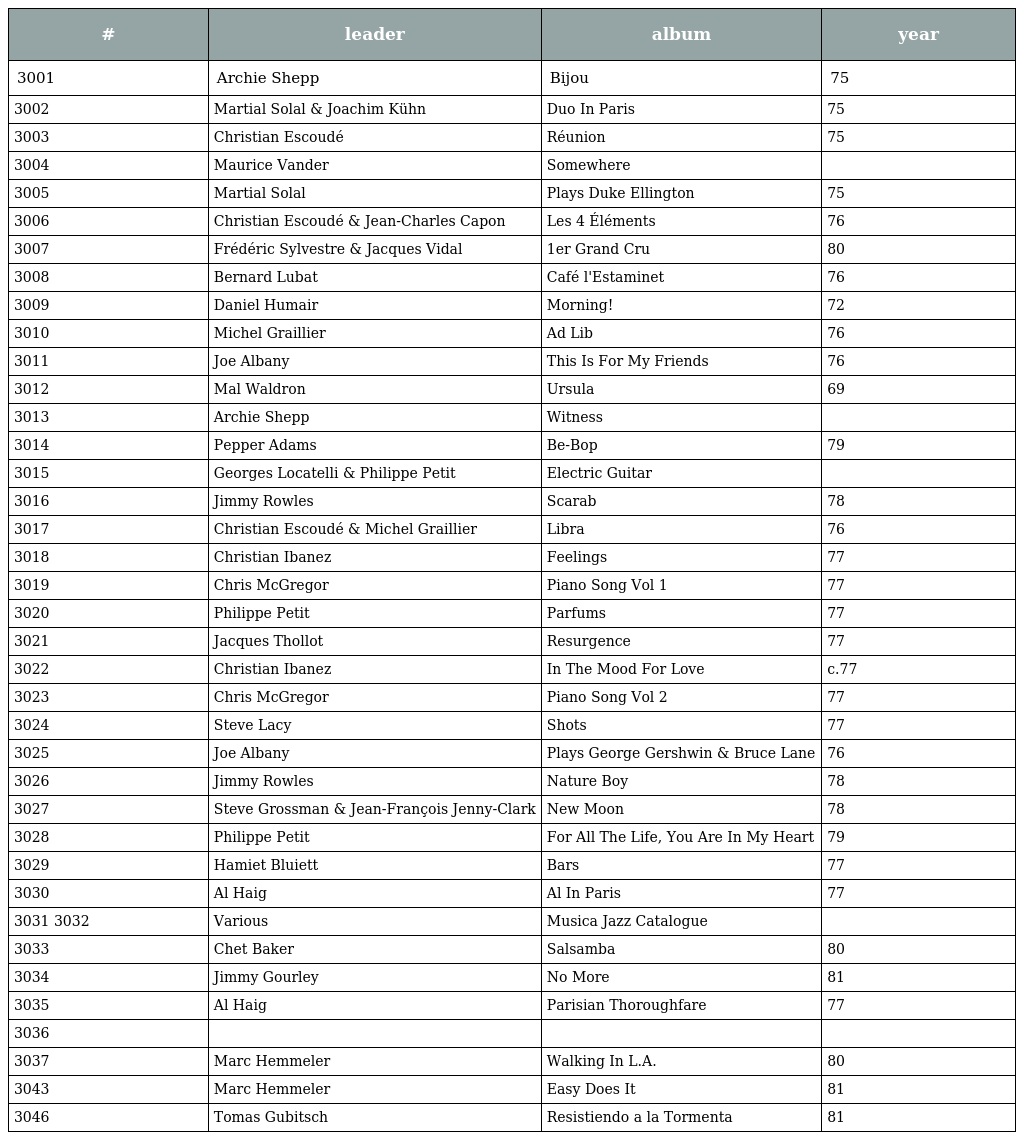
| # | leader | album | year |
 | --- | --- | --- | --- |
 | 3001 | Archie Shepp | Bijou | 75 |
 | 3002 | Martial Solal & Joachim Kühn | Duo In Paris | 75 |
 | 3003 | Christian Escoudé | Réunion | 75 |
 | 3004 | Maurice Vander | Somewhere |  |
 | 3005 | Martial Solal | Plays Duke Ellington | 75 |
 | 3006 | Christian Escoudé & Jean-Charles Capon | Les 4 Éléments | 76 |
 | 3007 | Frédéric Sylvestre & Jacques Vidal | 1er Grand Cru | 80 |
 | 3008 | Bernard Lubat | Café l'Estaminet | 76 |
 | 3009 | Daniel Humair | Morning! | 72 |
 | 3010 | Michel Graillier | Ad Lib | 76 |
 | 3011 | Joe Albany | This Is For My Friends | 76 |
 | 3012 | Mal Waldron | Ursula | 69 |
 | 3013 | Archie Shepp | Witness |  |
 | 3014 | Pepper Adams | Be-Bop | 79 |
 | 3015 | Georges Locatelli & Philippe Petit | Electric Guitar |  |
 | 3016 | Jimmy Rowles | Scarab | 78 |
 | 3017 | Christian Escoudé & Michel Graillier | Libra | 76 |
 | 3018 | Christian Ibanez | Feelings | 77 |
 | 3019 | Chris McGregor | Piano Song Vol 1 | 77 |
 | 3020 | Philippe Petit | Parfums | 77 |
 | 3021 | Jacques Thollot | Resurgence | 77 |
 | 3022 | Christian Ibanez | In The Mood For Love | c.77 |
 | 3023 | Chris McGregor | Piano Song Vol 2 | 77 |
 | 3024 | Steve Lacy | Shots | 77 |
 | 3025 | Joe Albany | Plays George Gershwin & Bruce Lane | 76 |
 | 3026 | Jimmy Rowles | Nature Boy | 78 |
 | 3027 | Steve Grossman & Jean-François Jenny-Clark | New Moon | 78 |
 | 3028 | Philippe Petit | For All The Life, You Are In My Heart | 79 |
 | 3029 | Hamiet Bluiett | Bars | 77 |
 | 3030 | Al Haig | Al In Paris | 77 |
 | 3031 3032 | Various | Musica Jazz Catalogue |  |
 | 3033 | Chet Baker | Salsamba | 80 |
 | 3034 | Jimmy Gourley | No More | 81 |
 | 3035 | Al Haig | Parisian Thoroughfare | 77 |
 | 3036 |  |  |  |
 | 3037 | Marc Hemmeler | Walking In L.A. | 80 |
 | 3043 | Marc Hemmeler | Easy Does It | 81 |
 | 3046 | Tomas Gubitsch | Resistiendo a la Tormenta | 81 |